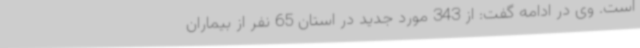
است. وی در ادامه گفت: از 343 مورد جدید در استان 65 نفر از بیماران